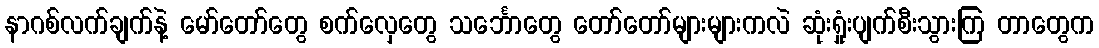
နာဂစ်လက်ချက်နဲ့ မော်တော်တွေ စက်လှေတွေ သင်္ဘောတွေ တော်တော်များများကလဲ ဆုံးရှုံးပျက်စီးသွားကြ တာတွေက